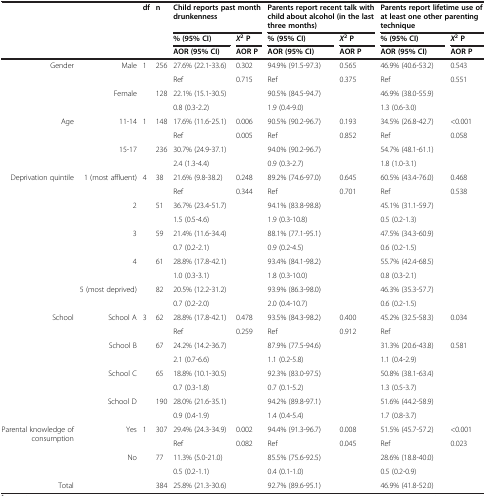
<table><thead><tr><td>[EMPTY_CELL]</td><td>[EMPTY_CELL]</td><td><b>df</b></td><td><b>n</b></td><td colspan="2"><b>Child reports past month drunkenness</b></td><td colspan="2"><b>Parents report recent talk with child about alcohol (in the last three months)</b></td><td colspan="2"><b>Parents report lifetime use of at least one other parenting technique</b></td></tr><tr><td>[EMPTY_CELL]</td><td>[EMPTY_CELL]</td><td>[EMPTY_CELL]</td><td>[EMPTY_CELL]</td><td><b>% (95% CI)</b></td><td><b><i>X</i><sup>2 </sup>P</b></td><td><b>% (95% CI)</b></td><td><b><i>X</i><sup>2 </sup>P</b></td><td><b>% (95% CI)</b></td><td><b><i>X</i><sup>2 </sup>P</b></td></tr><tr><td>[EMPTY_CELL]</td><td>[EMPTY_CELL]</td><td>[EMPTY_CELL]</td><td>[EMPTY_CELL]</td><td><b>AOR (95% CI)</b></td><td><b>AOR P</b></td><td><b>AOR (95% CI)</b></td><td><b>AOR P</b></td><td><b>AOR (95% CI)</b></td><td><b>AOR P</b></td></tr></thead><tbody><tr><td>Gender</td><td>Male</td><td>1</td><td>256</td><td>27.6% (22.1-33.6)</td><td>0.302</td><td>94.9% (91.5-97.3)</td><td>0.565</td><td>46.9% (40.6-53.2)</td><td>0.543</td></tr><tr><td>[EMPTY_CELL]</td><td>[EMPTY_CELL]</td><td>[EMPTY_CELL]</td><td>[EMPTY_CELL]</td><td>Ref</td><td>0.715</td><td>Ref</td><td>0.375</td><td>Ref</td><td>0.551</td></tr><tr><td>[EMPTY_CELL]</td><td>Female</td><td>[EMPTY_CELL]</td><td>128</td><td>22.1% (15.1-30.5)</td><td>[EMPTY_CELL]</td><td>90.5% (84.5-94.7)</td><td>[EMPTY_CELL]</td><td>46.9% (38.0-55.9)</td><td>[EMPTY_CELL]</td></tr><tr><td>[EMPTY_CELL]</td><td>[EMPTY_CELL]</td><td>[EMPTY_CELL]</td><td>[EMPTY_CELL]</td><td>0.8 (0.3-2.2)</td><td>[EMPTY_CELL]</td><td>1.9 (0.4-9.0)</td><td>[EMPTY_CELL]</td><td>1.3 (0.6-3.0)</td><td>[EMPTY_CELL]</td></tr><tr><td>Age</td><td>11-14</td><td>1</td><td>148</td><td>17.6% (11.6-25.1)</td><td>0.006</td><td>90.5% (90.2-96.7)</td><td>0.193</td><td>34.5% (26.8-42.7)</td><td>&lt;0.001</td></tr><tr><td>[EMPTY_CELL]</td><td>[EMPTY_CELL]</td><td>[EMPTY_CELL]</td><td>[EMPTY_CELL]</td><td>Ref</td><td>0.005</td><td>Ref</td><td>0.852</td><td>Ref</td><td>0.058</td></tr><tr><td>[EMPTY_CELL]</td><td>15-17</td><td>[EMPTY_CELL]</td><td>236</td><td>30.7% (24.9-37.1)</td><td>[EMPTY_CELL]</td><td>94.0% (90.2-96.7)</td><td>[EMPTY_CELL]</td><td>54.7% (48.1-61.1)</td><td>[EMPTY_CELL]</td></tr><tr><td>[EMPTY_CELL]</td><td>[EMPTY_CELL]</td><td>[EMPTY_CELL]</td><td>[EMPTY_CELL]</td><td>2.4 (1.3-4.4)</td><td>[EMPTY_CELL]</td><td>0.9 (0.3-2.7)</td><td>[EMPTY_CELL]</td><td>1.8 (1.0-3.1)</td><td>[EMPTY_CELL]</td></tr><tr><td>Deprivation quintile</td><td>1 (most affluent)</td><td>4</td><td>38</td><td>21.6% (9.8-38.2)</td><td>0.248</td><td>89.2% (74.6-97.0)</td><td>0.645</td><td>60.5% (43.4-76.0)</td><td>0.468</td></tr><tr><td>[EMPTY_CELL]</td><td>[EMPTY_CELL]</td><td>[EMPTY_CELL]</td><td>[EMPTY_CELL]</td><td>Ref</td><td>0.344</td><td>Ref</td><td>0.701</td><td>Ref</td><td>0.538</td></tr><tr><td>[EMPTY_CELL]</td><td>2</td><td>[EMPTY_CELL]</td><td>51</td><td>36.7% (23.4-51.7)</td><td>[EMPTY_CELL]</td><td>94.1% (83.8-98.8)</td><td>[EMPTY_CELL]</td><td>45.1% (31.1-59.7)</td><td>[EMPTY_CELL]</td></tr><tr><td>[EMPTY_CELL]</td><td>[EMPTY_CELL]</td><td>[EMPTY_CELL]</td><td>[EMPTY_CELL]</td><td>1.5 (0.5-4.6)</td><td>[EMPTY_CELL]</td><td>1.9 (0.3-10.8)</td><td>[EMPTY_CELL]</td><td>0.5 (0.2-1.3)</td><td>[EMPTY_CELL]</td></tr><tr><td>[EMPTY_CELL]</td><td>3</td><td>[EMPTY_CELL]</td><td>59</td><td>21.4% (11.6-34.4)</td><td>[EMPTY_CELL]</td><td>88.1% (77.1-95.1)</td><td>[EMPTY_CELL]</td><td>47.5% (34.3-60.9)</td><td>[EMPTY_CELL]</td></tr><tr><td>[EMPTY_CELL]</td><td>[EMPTY_CELL]</td><td>[EMPTY_CELL]</td><td>[EMPTY_CELL]</td><td>0.7 (0.2-2.1)</td><td>[EMPTY_CELL]</td><td>0.9 (0.2-4.5)</td><td>[EMPTY_CELL]</td><td>0.6 (0.2-1.5)</td><td>[EMPTY_CELL]</td></tr><tr><td>[EMPTY_CELL]</td><td>4</td><td>[EMPTY_CELL]</td><td>61</td><td>28.8% (17.8-42.1)</td><td>[EMPTY_CELL]</td><td>93.4% (84.1-98.2)</td><td>[EMPTY_CELL]</td><td>55.7% (42.4-68.5)</td><td>[EMPTY_CELL]</td></tr><tr><td>[EMPTY_CELL]</td><td>[EMPTY_CELL]</td><td>[EMPTY_CELL]</td><td>[EMPTY_CELL]</td><td>1.0 (0.3-3.1)</td><td>[EMPTY_CELL]</td><td>1.8 (0.3-10.0)</td><td>[EMPTY_CELL]</td><td>0.8 (0.3-2.1)</td><td>[EMPTY_CELL]</td></tr><tr><td>[EMPTY_CELL]</td><td>5 (most deprived)</td><td>[EMPTY_CELL]</td><td>82</td><td>20.5% (12.2-31.2)</td><td>[EMPTY_CELL]</td><td>93.9% (86.3-98.0)</td><td>[EMPTY_CELL]</td><td>46.3% (35.3-57.7)</td><td>[EMPTY_CELL]</td></tr><tr><td>[EMPTY_CELL]</td><td>[EMPTY_CELL]</td><td>[EMPTY_CELL]</td><td>[EMPTY_CELL]</td><td>0.7 (0.2-2.0)</td><td>[EMPTY_CELL]</td><td>2.0 (0.4-10.7)</td><td>[EMPTY_CELL]</td><td>0.6 (0.2-1.5)</td><td>[EMPTY_CELL]</td></tr><tr><td>School</td><td>School A</td><td>3</td><td>62</td><td>28.8% (17.8-42.1)</td><td>0.478</td><td>93.5% (84.3-98.2)</td><td>0.400</td><td>45.2% (32.5-58.3)</td><td>0.034</td></tr><tr><td>[EMPTY_CELL]</td><td>[EMPTY_CELL]</td><td>[EMPTY_CELL]</td><td>[EMPTY_CELL]</td><td>Ref</td><td>0.259</td><td>Ref</td><td>0.912</td><td>Ref</td><td>[EMPTY_CELL]</td></tr><tr><td>[EMPTY_CELL]</td><td>School B</td><td>[EMPTY_CELL]</td><td>67</td><td>24.2% (14.2-36.7)</td><td>[EMPTY_CELL]</td><td>87.9% (77.5-94.6)</td><td>[EMPTY_CELL]</td><td>31.3% (20.6-43.8)</td><td>0.581</td></tr><tr><td>[EMPTY_CELL]</td><td>[EMPTY_CELL]</td><td>[EMPTY_CELL]</td><td>[EMPTY_CELL]</td><td>2.1 (0.7-6.6)</td><td>[EMPTY_CELL]</td><td>1.1 (0.2-5.8)</td><td>[EMPTY_CELL]</td><td>1.1 (0.4-2.9)</td><td>[EMPTY_CELL]</td></tr><tr><td>[EMPTY_CELL]</td><td>School C</td><td>[EMPTY_CELL]</td><td>65</td><td>18.8% (10.1-30.5)</td><td>[EMPTY_CELL]</td><td>92.3% (83.0-97.5)</td><td>[EMPTY_CELL]</td><td>50.8% (38.1-63.4)</td><td>[EMPTY_CELL]</td></tr><tr><td>[EMPTY_CELL]</td><td>[EMPTY_CELL]</td><td>[EMPTY_CELL]</td><td>[EMPTY_CELL]</td><td>0.7 (0.3-1.8)</td><td>[EMPTY_CELL]</td><td>0.7 (0.1-5.2)</td><td>[EMPTY_CELL]</td><td>1.3 (0.5-3.7)</td><td>[EMPTY_CELL]</td></tr><tr><td>[EMPTY_CELL]</td><td>School D</td><td>[EMPTY_CELL]</td><td>190</td><td>28.0% (21.6-35.1)</td><td>[EMPTY_CELL]</td><td>94.2% (89.8-97.1)</td><td>[EMPTY_CELL]</td><td>51.6% (44.2-58.9)</td><td>[EMPTY_CELL]</td></tr><tr><td>[EMPTY_CELL]</td><td>[EMPTY_CELL]</td><td>[EMPTY_CELL]</td><td>[EMPTY_CELL]</td><td>0.9 (0.4-1.9)</td><td>[EMPTY_CELL]</td><td>1.4 (0.4-5.4)</td><td>[EMPTY_CELL]</td><td>1.7 (0.8-3.7)</td><td>[EMPTY_CELL]</td></tr><tr><td>Parental knowledge of consumption</td><td>Yes</td><td>1</td><td>307</td><td>29.4% (24.3-34.9)</td><td>0.002</td><td>94.4% (91.3-96.7)</td><td>0.008</td><td>51.5% (45.7-57.2)</td><td>&lt;0.001</td></tr><tr><td>[EMPTY_CELL]</td><td>[EMPTY_CELL]</td><td>[EMPTY_CELL]</td><td>[EMPTY_CELL]</td><td>Ref</td><td>0.082</td><td>Ref</td><td>0.045</td><td>Ref</td><td>0.023</td></tr><tr><td>[EMPTY_CELL]</td><td>No</td><td>[EMPTY_CELL]</td><td>77</td><td>11.3% (5.0-21.0)</td><td>[EMPTY_CELL]</td><td>85.5% (75.6-92.5)</td><td>[EMPTY_CELL]</td><td>28.6% (18.8-40.0)</td><td>[EMPTY_CELL]</td></tr><tr><td>[EMPTY_CELL]</td><td>[EMPTY_CELL]</td><td>[EMPTY_CELL]</td><td>[EMPTY_CELL]</td><td>0.5 (0.2-1.1)</td><td>[EMPTY_CELL]</td><td>0.4 (0.1-1.0)</td><td>[EMPTY_CELL]</td><td>0.5 (0.2-0.9)</td><td>[EMPTY_CELL]</td></tr><tr><td>Total</td><td>[EMPTY_CELL]</td><td>[EMPTY_CELL]</td><td>384</td><td>25.8% (21.3-30.6)</td><td>[EMPTY_CELL]</td><td>92.7% (89.6-95.1)</td><td>[EMPTY_CELL]</td><td>46.9% (41.8-52.0)</td><td>[EMPTY_CELL]</td></tr></tbody></table>